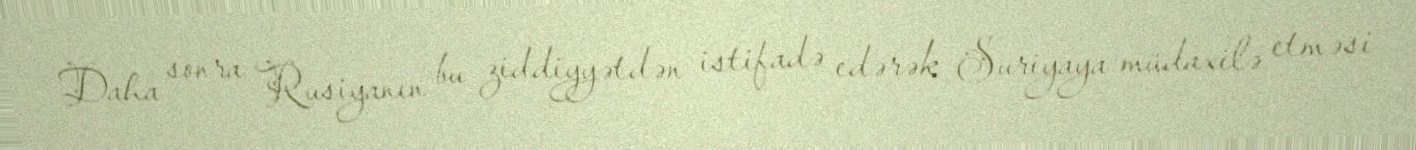
Daha sonra Rusiyanın bu ziddiyyətdən istifadə edərək Suriyaya müdaxilə etməsi